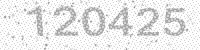
Solution: 120425